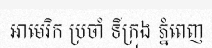
អាមេរិក ប្រចាំ ទីក្រុង ភ្នំពេញ